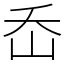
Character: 岙